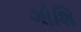
ગોશિ